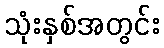
သုံးနှစ်အတွင်း